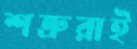
শত্রুরাই